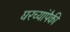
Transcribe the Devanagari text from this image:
घरच्यांपैकी